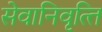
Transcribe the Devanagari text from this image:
सेवानिवृत्‍ति